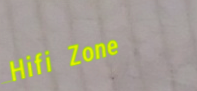
Hifi Zone